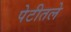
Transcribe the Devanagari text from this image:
पेटीतले